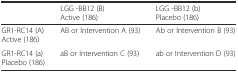
<table><thead><tr><td></td><td><b>LGG -BB12 (B) Active (186)</b></td><td><b>LGG -BB12 (b) Placebo (186)</b></td></tr></thead><tbody><tr><td>GR1-RC14 (A) Active (186)</td><td>AB or Intervention A (93)</td><td>Ab or Intervention B (93)</td></tr><tr><td>GR1-RC14 (a) Placebo (186)</td><td>aB or Intervention C (93)</td><td>ab or Intervention D (93)</td></tr></tbody></table>